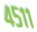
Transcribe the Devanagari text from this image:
४५११